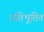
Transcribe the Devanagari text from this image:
प्रतिभूतित